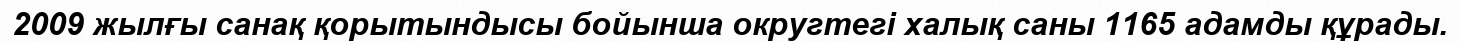
2009 жылғы санақ қорытындысы бойынша округтегі халық саны 1165 адамды құрады.